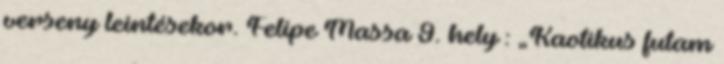
verseny leintésekor. Felipe Massa 9. hely : „Kaotikus futam